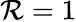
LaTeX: \mathcal{R}=1